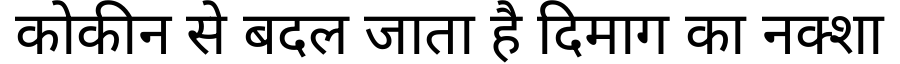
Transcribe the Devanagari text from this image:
कोकीन से बदल जाता है दिमाग का नक्शा